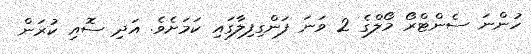
ހުންނަ ސެންޓްރޯ މޯލްގެ 2 ވަނަ ފަންގިފިލާގައި ކަމަށެވެ. އަދި ސޮއި ކުރަން